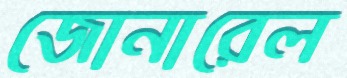
জোনারেল